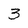
Character: 3